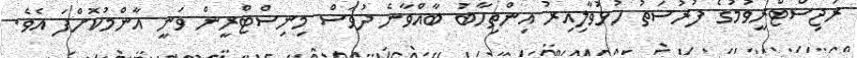
ރަޖިސްޓްރީވުމުގެ ފުރުސަތު ހުޅުވާލިއިރު އިންތިހާބު ބާއްވާނެ ދުވަސް މިނިސްޓްރީން ވަނީ އާންމުކޮށްފަ އެވެ.